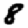
Digit: 8